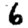
Digit: 6